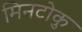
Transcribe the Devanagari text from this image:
मिनटोकु